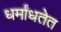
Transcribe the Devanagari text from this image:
धर्मांधतेत